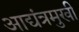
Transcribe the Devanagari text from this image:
आद्यंत्रमुखी